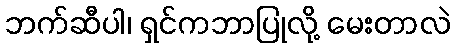
ဘက်ဆီပါ၊ ရှင်ကဘာပြုလို့ မေးတာလဲ